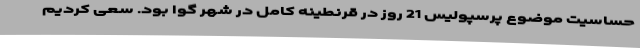
حساسیت موضوع پرسپولیس 21 روز در قرنطینه کامل در شهر گوا بود. سعی کردیم